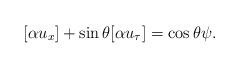
\begin{align*}[\alpha u_x] + \sin \theta [\alpha u_{\tau}] = \cos \theta \psi.\end{align*}